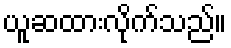
ယူဆထားလိုက်သည်။